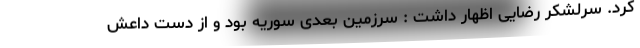
کرد. سرلشکر رضایی اظهار داشت : سرزمین بعدی سوریه بود و از دست داعش